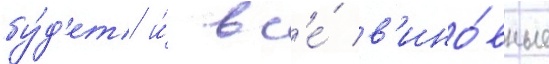
бу́д'ет и́ вс'е́ в'ино́вные